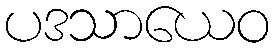
ပဒသာယေဝ